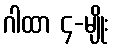
ဂါထာ ၄-မျိုး